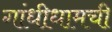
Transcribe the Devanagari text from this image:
गांधीधामची